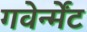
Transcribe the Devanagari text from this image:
गवेर्न्मेंट